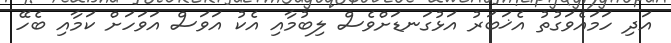
އަދި ހަމައެވަގުތު އެޚަބަރު އަޅުގަނޑަށްވެސް ލިބުމާއި އެކު އަވަސް އަވަހަށް ކަމާއި ބެހޭ